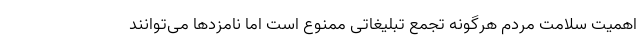
اهمیت سلامت مردم هرگونه تجمع تبلیغاتی ممنوع است اما نامزدها می‌توانند